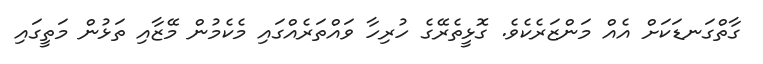
ގާތްގަނޑަކަށް އެއް މަންޒަރެކެވެ. ގޮޅީތެރޭގެ ހުރިހާ ވައްތަރެއްގައި މެކެމުން މޭޒާއި ތަޅުން މަތީގައި